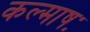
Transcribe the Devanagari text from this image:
कल्माषः